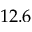
1 2 . 6